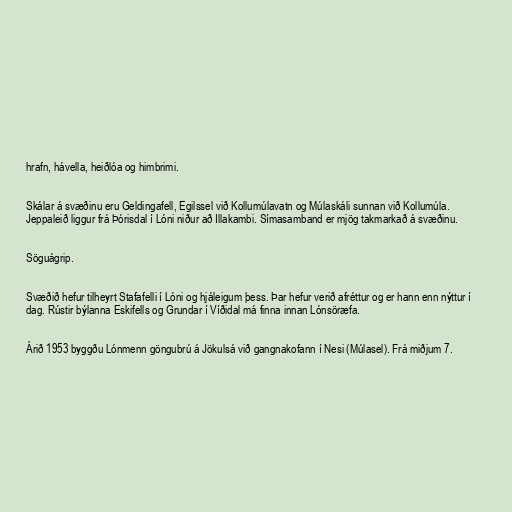
hrafn, hávella, heiðlóa og himbrimi.

Skálar á svæðinu eru Geldingafell, Egilssel við Kollumúlavatn og Múlaskáli sunnan við Kollumúla.
Jeppaleið liggur frá Þórisdal í Lóni niður að Illakambi. Símasamband er mjög takmarkað á svæðinu.

Söguágrip.

Svæðið hefur tilheyrt Stafafelli í Lóni og hjáleigum þess. Þar hefur verið afréttur og er hann enn nýttur í
dag. Rústir býlanna Eskifells og Grundar í Víðidal má finna innan Lónsöræfa.

Árið 1953 byggðu Lónmenn göngubrú á Jökulsá við gangnakofann í Nesi (Múlasel). Frá miðjum 7.